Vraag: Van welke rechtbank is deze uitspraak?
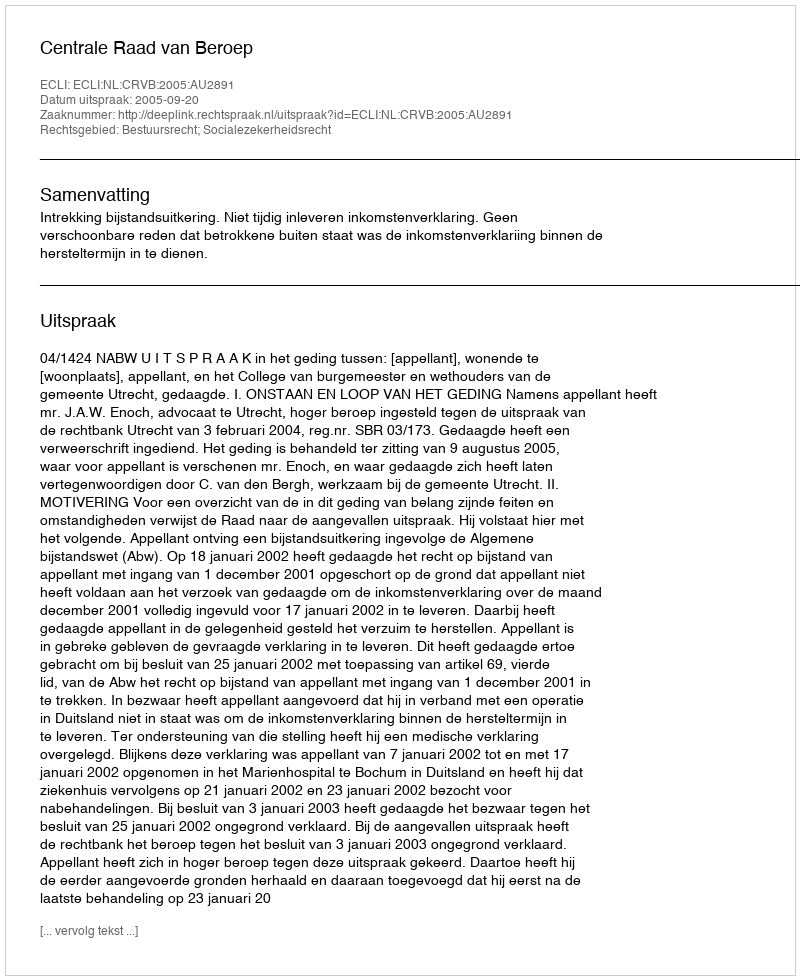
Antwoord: Centrale Raad van Beroep